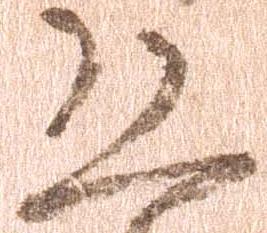
恐